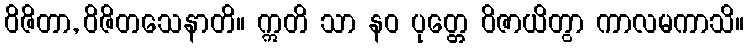
ဝိဇိတာ, ဝိဇိတသေနာတိ။ ဣတိ သာ နဝ ပုတ္တေ ဝိဇာယိတွာ ကာလမကာသိ။